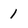
Character: 1